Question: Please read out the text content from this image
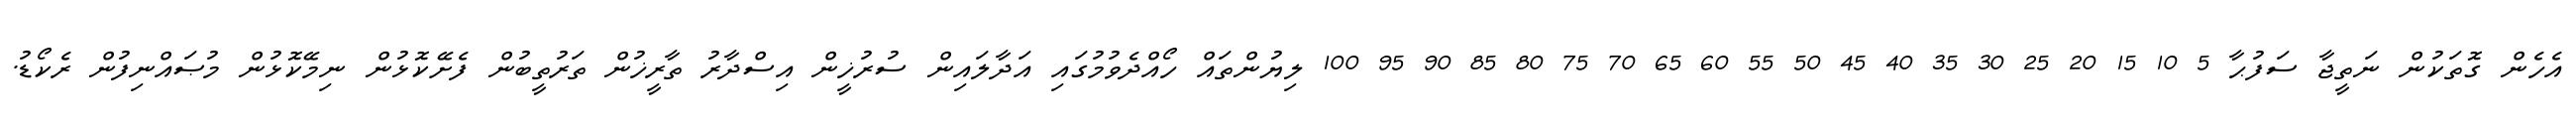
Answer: އެހެން ގޮތަކުން ނަތީޖާ ސަފުޙާ 5 10 15 20 25 30 35 40 45 50 55 60 65 70 75 80 85 90 95 100 ލިޔުންތައް ހޯއްދެވުމުގައި އަދާލައިން ސުރުޚީން އިސްދާރު ތާރީޚުން ތަރުތީބުން ފެށޭކޮޅުން ނިމޭކޮޅުން މުޞައްނިފުން ރެކޯޑު.